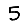
Digit: 5